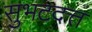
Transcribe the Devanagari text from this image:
सुभटदत्त